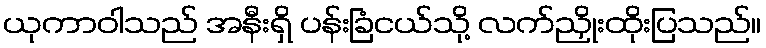
ယုကာဝါသည် အနီးရှိ ပန်းခြံငယ်သို့ လက်ညှိုးထိုးပြသည်။